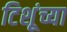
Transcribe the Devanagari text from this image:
टिशूंच्या